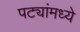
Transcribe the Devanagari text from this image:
पट्यांमध्ये